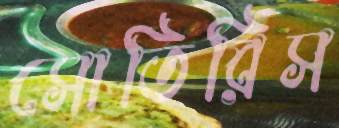
সোতিরিস